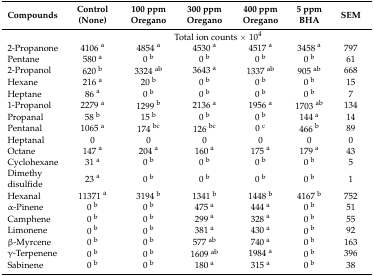
| Compounds | Control (None) | 100 ppm Oregano | 300 ppm Oregano | 400 ppm Oregano | 5 ppm BHA | SEM |
 | --- | --- | --- | --- | --- | --- | --- |
 |  | <COLSPAN=6> Total ion counts × 104 |
 | 2-Propanone | 4106 a | 4854 a | 4530 a | 4517 a | 3458 a | 797 |
 | Pentane | 580 a | 0 b | 0 b | 0 b | 0 b | 61 |
 | 2-Propanol | 620 b | 3324 ab | 3643 a | 1337 ab | 905 ab | 668 |
 | Hexane | 216 a | 20 b | 0 b | 0 b | 0 b | 15 |
 | Heptane | 86 a | 0 b | 0 b | 0 b | 0 b | 7 |
 | 1-Propanol | 2279 a | 1299 b | 2136 a | 1956 a | 1703 ab | 134 |
 | Propanal | 58 b | 15 b | 0 b | 0 b | 144 a | 14 |
 | Pentanal | 1065 a | 174 bc | 126 bc | 0 c | 466 b | 89 |
 | Heptanal | 0 | 0 | 0 | 0 | 0 | 0 |
 | Octane | 147 a | 204 a | 160 a | 175 a | 179 a | 43 |
 | Cyclohexane | 31 a | 0 b | 0 b | 0 b | 0 b | 5 |
 | Dimethy disulfide | 23 a | 0 b | 0 b | 0 b | 0 b | 1 |
 | Hexanal | 11371 a | 3194 b | 1341 b | 1448 b | 4167 b | 752 |
 | α-Pinene | 0 b | 0 b | 475 a | 444 a | 0 b | 51 |
 | Camphene | 0 b | 0 b | 299 a | 328 a | 0 b | 55 |
 | Limonene | 0 b | 0 b | 381 a | 430 a | 0 b | 92 |
 | β-Myrcene | 0 b | 0 b | 577 ab | 740 a | 0 b | 163 |
 | γ-Terpenene | 0 b | 0 b | 1609 ab | 1984 a | 0 b | 396 |
 | Sabinene | 0 b | 0 b | 180 a | 315 a | 0 b | 38 |